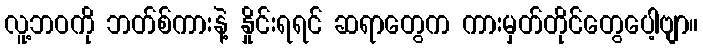
လူ့ဘဝကို ဘတ်စ်ကားနဲ့ နှိုင်းရရင် ဆရာတွေက ကားမှတ်တိုင်တွေပေါ့ဗျာ။